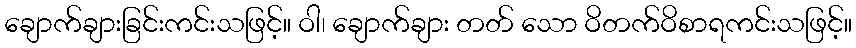
ချောက်ချားခြင်းကင်းသဖြင့်။ ဝါ၊ ချောက်ချား တတ် သော ဝိတက်ဝိစာရကင်းသဖြင့်။